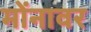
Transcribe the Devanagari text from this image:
मोंनावर